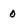
Character: 0